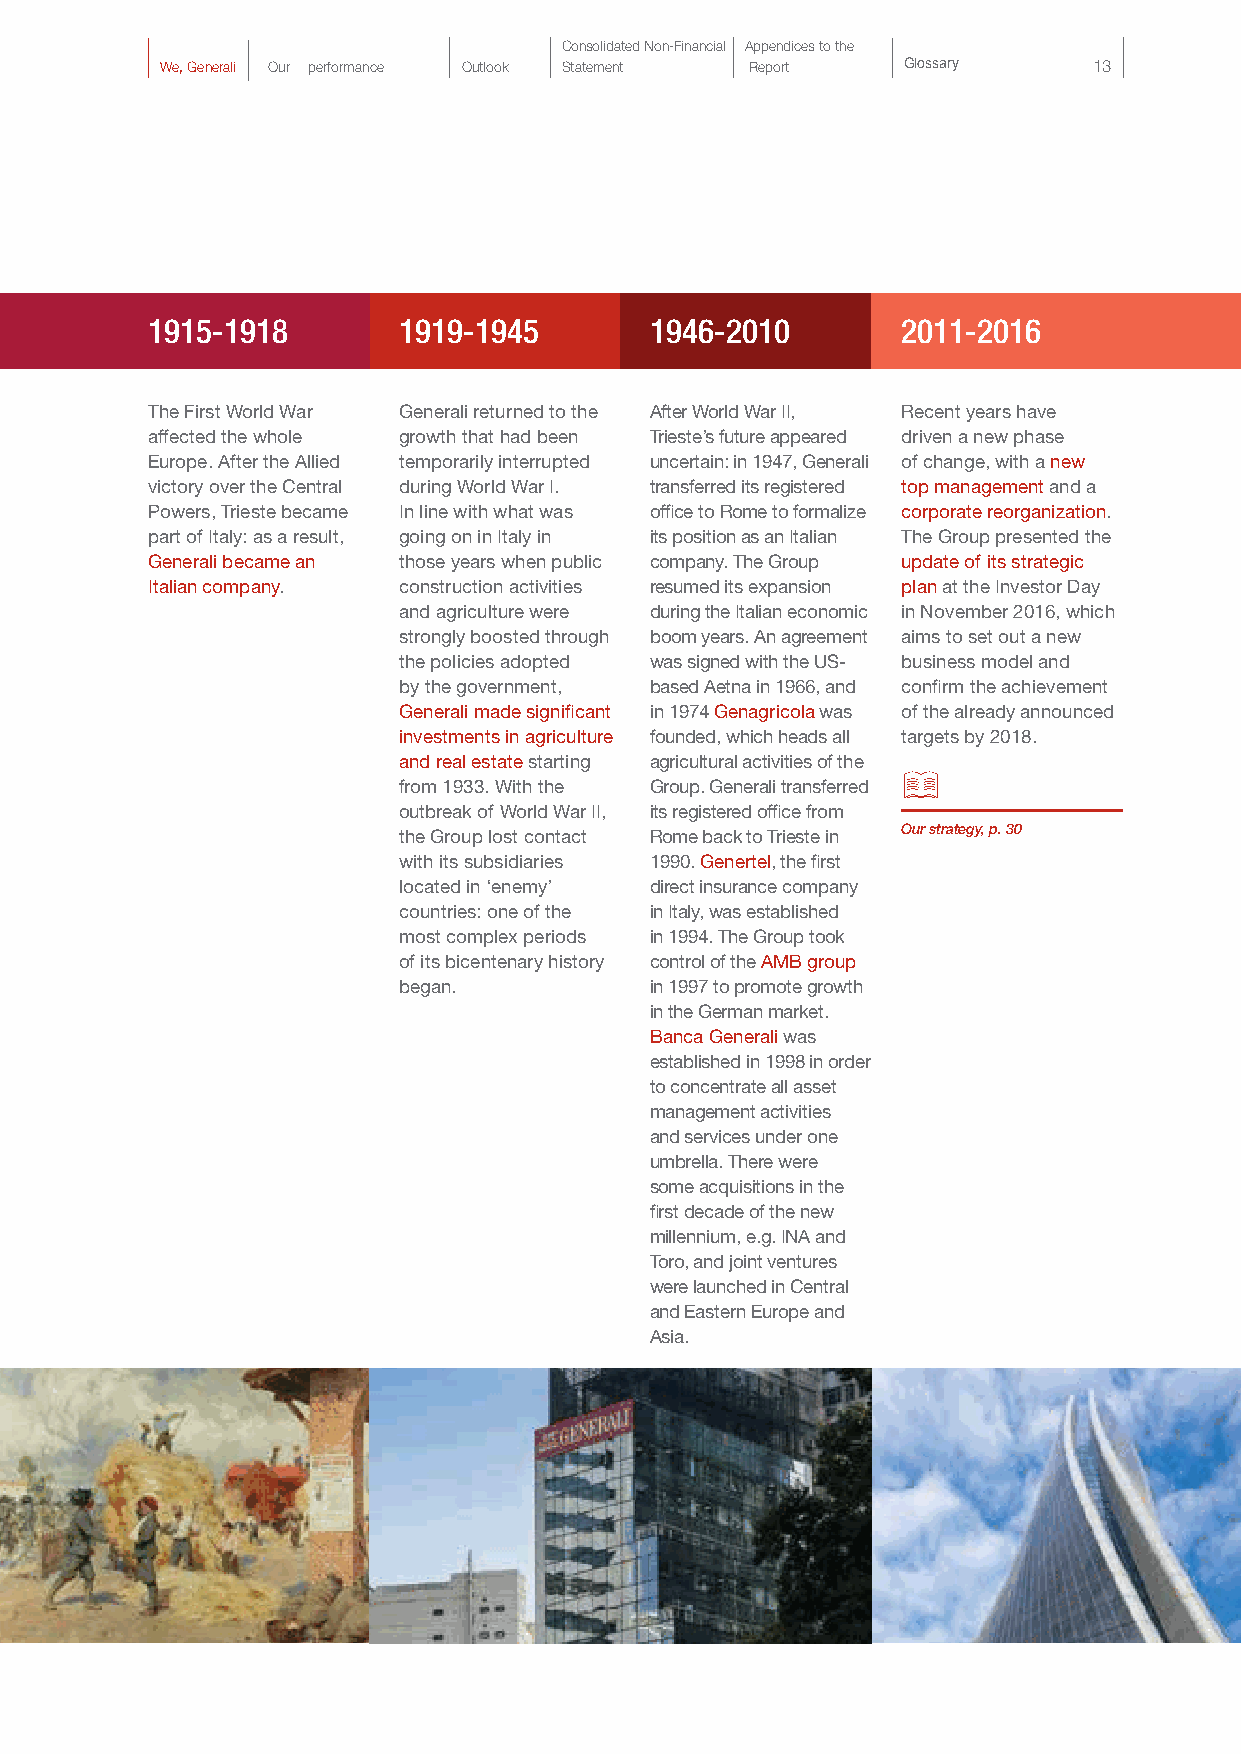
Consolidated Non-Financial Appendices to the
 We, Generali Our performance Outlook Statement Report Glossary 13
 1915-1918       1919-1945        1946-2010        2011-2016
 The First World War Generali returned to the After World War II, Recent years have
 affected the whole growth that had been Trieste’s future appeared driven a new phase
 Europe. After the Allied temporarily interrupted uncertain: in 1947, Generali of change, with a new
 victory over the Central during World War I. transferred its registered top management and a
 Powers, Trieste became In line with what was office to Rome to formalize corporate reorganization.
 part of Italy: as a result, going on in Italy in its position as an Italian The Group presented the
 Generali became an those years when public company. The Group update of its strategic
 Italian company. construction activities resumed its expansion plan at the Investor Day
 and agriculture were during the Italian economic in November 2016, which
 strongly boosted through boom years. An agreement aims to set out a new
 the policies adopted was signed with the US- business model and
 by the government, based Aetna in 1966, and confirm the achievement
 Generali made significant in 1974 Genagricola was of the already announced
 investments in agriculture founded, which heads all targets by 2018.
 and real estate starting agricultural activities of the
 from 1933. With the Group. Generali transferred
 outbreak of World War II, its registered office from
 the Group lost contact Rome back to Trieste in Our strategy, p. 30
 with its subsidiaries 1990. Genertel, the first
 located in ‘enemy’ direct insurance company
 countries: one of the in Italy, was established
 most complex periods in 1994. The Group took
 of its bicentenary history control of the AMB group
 began.           in 1997 to promote growth
 in the German market.
 Banca Generali was
 established in 1998 in order
 to concentrate all asset
 management activities
 and services under one
 umbrella. There were
 some acquisitions in the
 first decade of the new
 millennium, e.g. INA and
 Toro, and joint ventures
 were launched in Central
 and Eastern Europe and
 Asia.